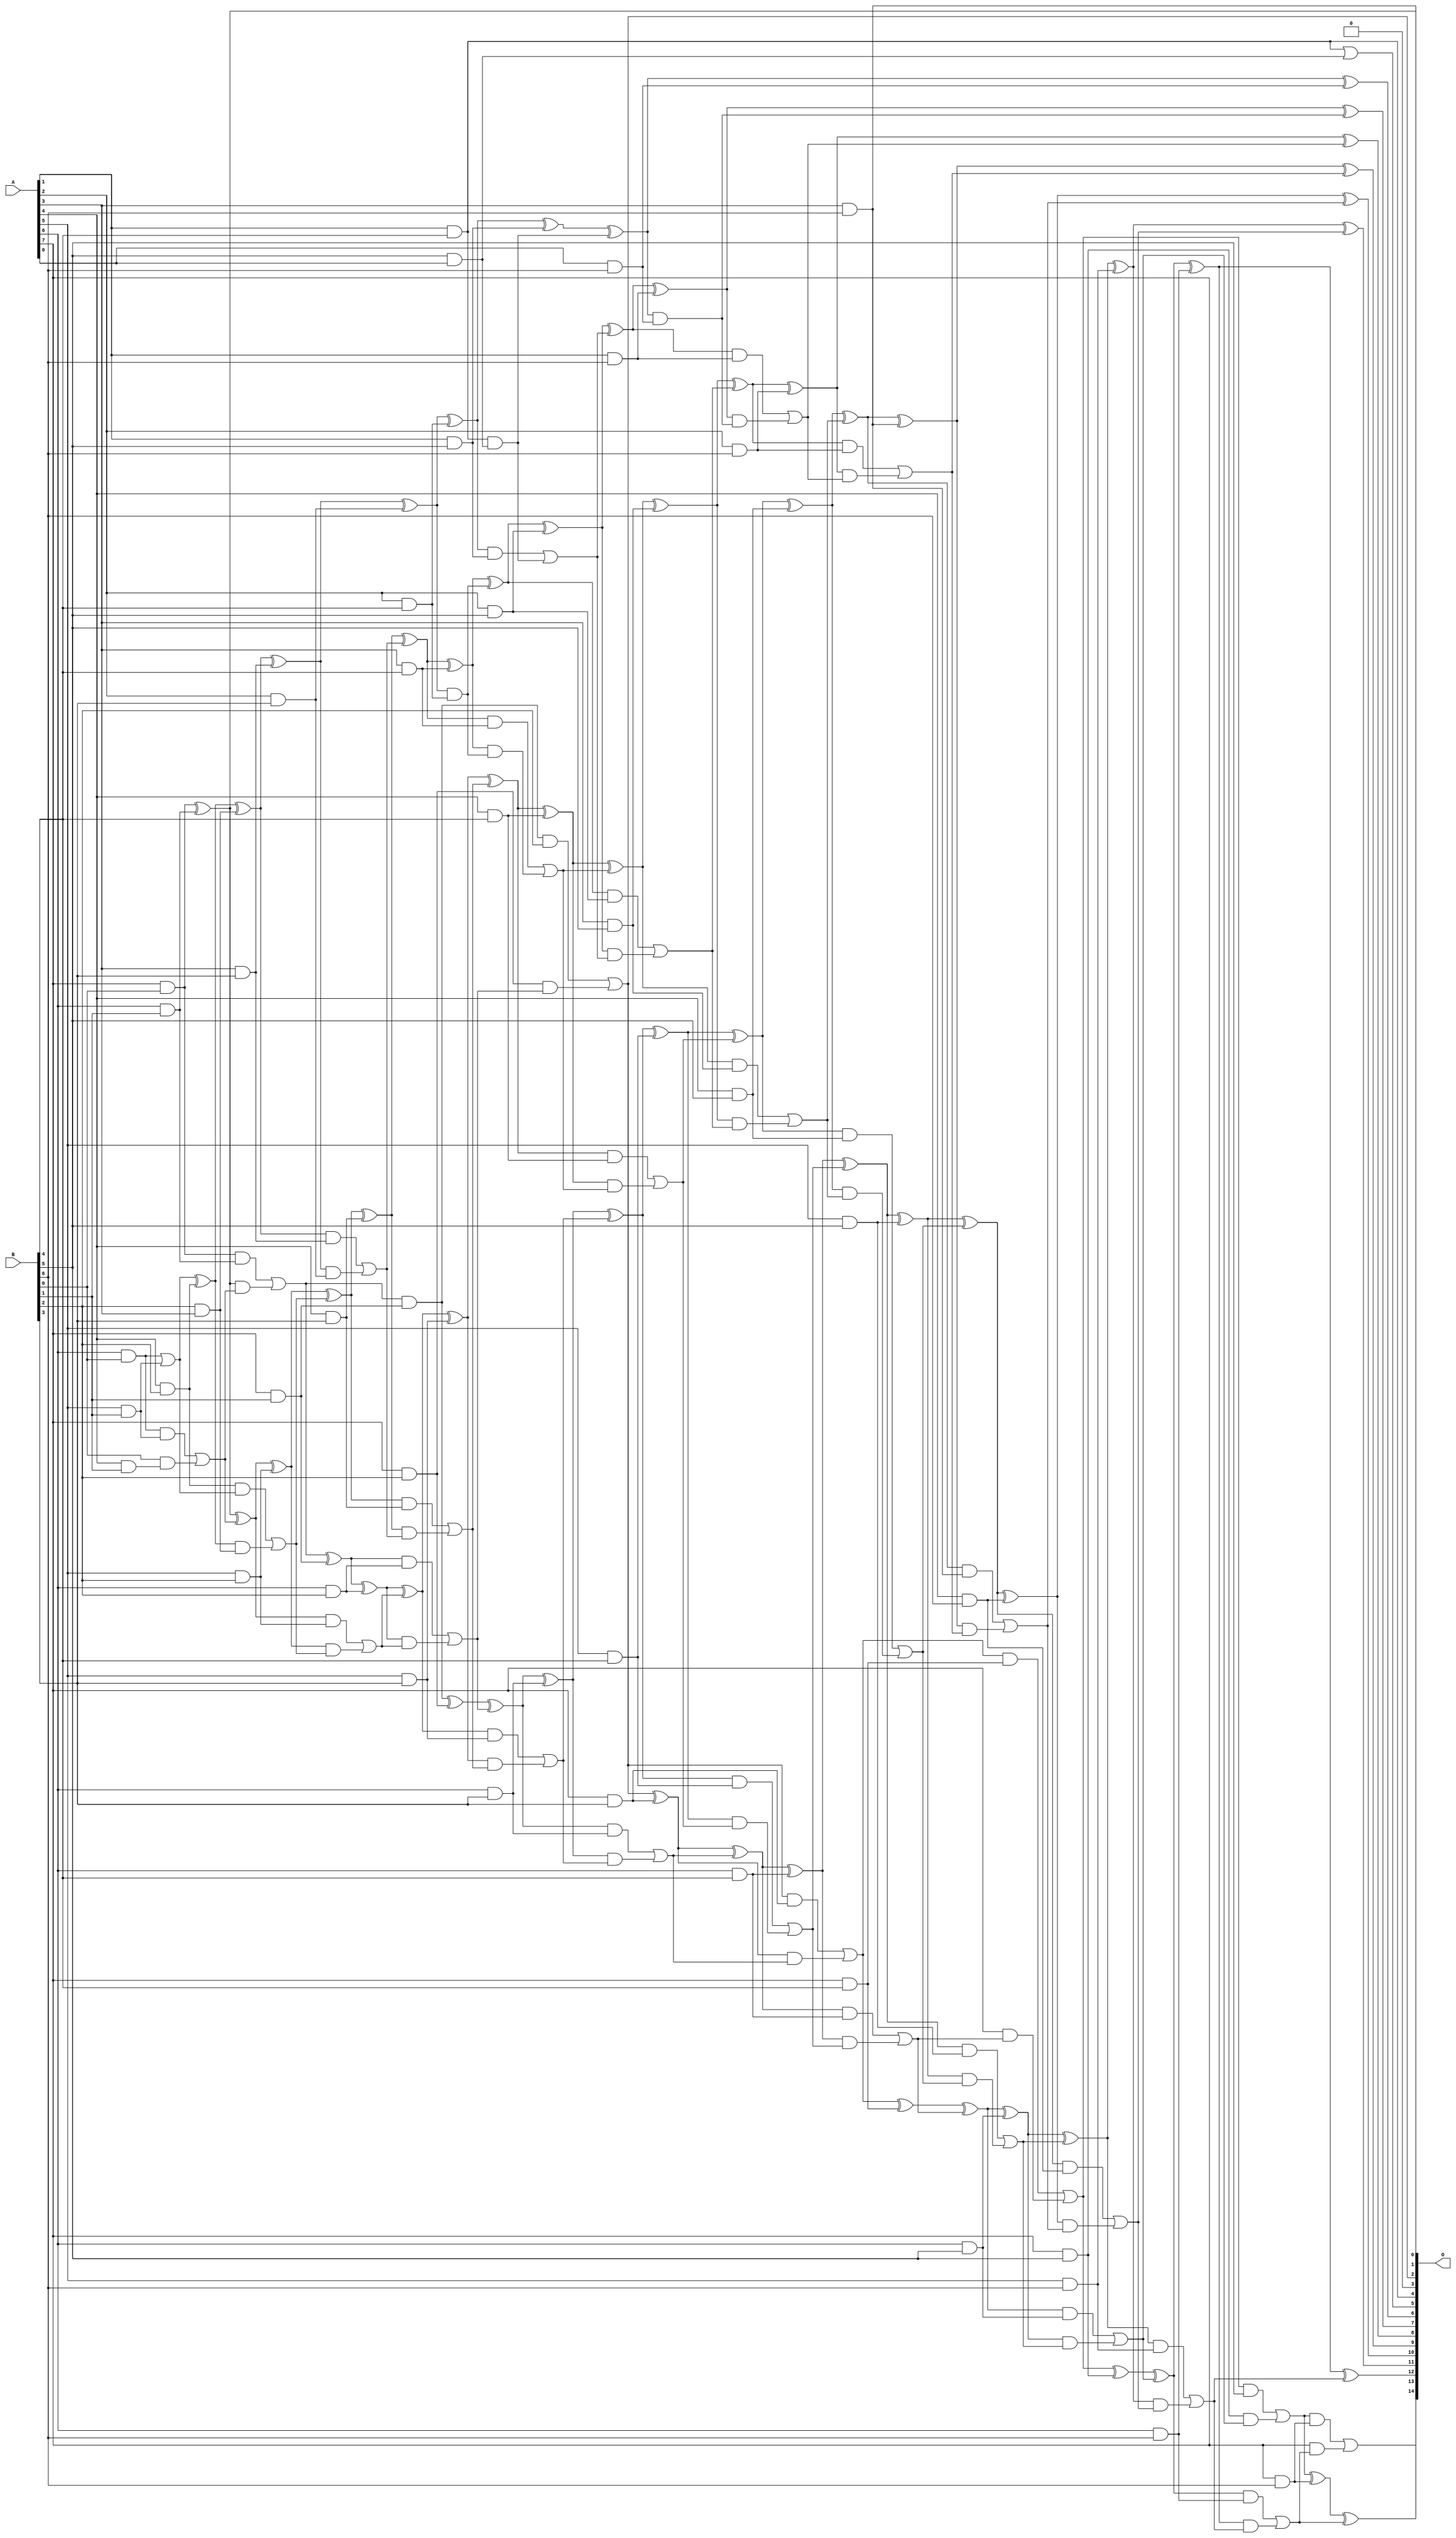
/***
* This code is a part of EvoApproxLib library (ehw.fit.vutbr.cz/approxlib) distributed under The MIT License.
* When used, please cite the following article(s): V. Mrazek, L. Sekanina, Z. Vasicek "Libraries of Approximate Circuits: Automated Design and Application in CNN Accelerators" IEEE Journal on Emerging and Selected Topics in Circuits and Systems, Vol 10, No 4, 2020 
* This file contains a circuit from a sub-set of pareto optimal circuits with respect to the pwr and mse parameters
***/
// MAE% = 0.084 %
// MAE = 27 
// WCE% = 0.32 %
// WCE = 106 
// WCRE% = 166.67 %
// EP% = 93.81 %
// MRE% = 2.19 %
// MSE = 1200 
// PDK45_PWR = 0.241 mW
// PDK45_AREA = 476.3 um2
// PDK45_DELAY = 1.37 ns

module mul8x7u_6YT (
    A,
    B,
    O
);

input [7:0] A;
input [6:0] B;
output [14:0] O;

wire sig_21,sig_22,sig_27,sig_28,sig_29,sig_30,sig_49,sig_53,sig_54,sig_57,sig_58,sig_59,sig_60,sig_61,sig_62,sig_63,sig_64,sig_69,sig_70,sig_71;
wire sig_72,sig_77,sig_86,sig_90,sig_92,sig_93,sig_94,sig_95,sig_96,sig_97,sig_98,sig_99,sig_100,sig_101,sig_102,sig_103,sig_104,sig_105,sig_106,sig_107;
wire sig_108,sig_109,sig_113,sig_114,sig_115,sig_116,sig_117,sig_127,sig_130,sig_131,sig_132,sig_133,sig_134,sig_135,sig_136,sig_137,sig_138,sig_139,sig_140,sig_141;
wire sig_142,sig_143,sig_144,sig_145,sig_146,sig_147,sig_148,sig_149,sig_150,sig_151,sig_152,sig_153,sig_154,sig_156,sig_157,sig_158,sig_159,sig_160,sig_161,sig_162;
wire sig_170,sig_171,sig_175,sig_176,sig_177,sig_178,sig_179,sig_180,sig_181,sig_182,sig_183,sig_184,sig_185,sig_186,sig_187,sig_188,sig_189,sig_190,sig_191,sig_192;
wire sig_193,sig_194,sig_195,sig_196,sig_197,sig_198,sig_199,sig_201,sig_202,sig_203,sig_204,sig_205,sig_206,sig_207,sig_208,sig_209,sig_210,sig_211,sig_212,sig_213;
wire sig_214,sig_215,sig_216,sig_217,sig_218,sig_219,sig_220,sig_221,sig_222,sig_223,sig_224,sig_225,sig_226,sig_227,sig_228,sig_229,sig_230,sig_231,sig_232,sig_233;
wire sig_234,sig_235,sig_236,sig_237,sig_238,sig_239,sig_240,sig_241,sig_242,sig_243,sig_244,sig_245,sig_246,sig_247,sig_248,sig_249,sig_250,sig_251,sig_252,sig_253;
wire sig_254,sig_255,sig_256,sig_257,sig_258,sig_259,sig_260,sig_261,sig_262,sig_263,sig_264,sig_265,sig_266,sig_267,sig_268,sig_269,sig_270,sig_271,sig_272,sig_273;
wire sig_274,sig_275,sig_276,sig_277,sig_278,sig_279,sig_280,sig_281,sig_282,sig_283,sig_284,sig_285,sig_286,sig_287,sig_288,sig_289;

assign sig_21 = A[6] & B[0];
assign sig_22 = A[7] & B[0];
assign sig_27 = A[4] & B[1];
assign sig_28 = A[5] & B[1];
assign sig_29 = A[6] & B[1];
assign sig_30 = A[7] & B[1];
assign sig_49 = B[0] & sig_27;
assign sig_53 = sig_21 | sig_28;
assign sig_54 = sig_21 & sig_28;
assign sig_57 = sig_54 | sig_49;
assign sig_58 = sig_22 ^ sig_29;
assign sig_59 = sig_22 & sig_29;
assign sig_60 = sig_58 & sig_57;
assign sig_61 = sig_58 ^ sig_57;
assign sig_62 = sig_59 | sig_60;
assign sig_63 = sig_62 & sig_30;
assign sig_64 = sig_62 ^ sig_30;
assign sig_69 = A[4] & B[2];
assign sig_70 = A[5] & B[2];
assign sig_71 = A[6] & B[2];
assign sig_72 = A[7] & B[2];
assign sig_77 = sig_69 & sig_53;
assign sig_86 = B[2] & A[3];
assign sig_90 = sig_53 ^ sig_69;
assign sig_92 = sig_90 & sig_86;
assign sig_93 = sig_90 ^ sig_86;
assign sig_94 = sig_77 | sig_92;
assign sig_95 = sig_61 ^ sig_70;
assign sig_96 = sig_61 & sig_70;
assign sig_97 = sig_95 & sig_94;
assign sig_98 = sig_95 ^ sig_94;
assign sig_99 = sig_96 | sig_97;
assign sig_100 = sig_64 ^ sig_71;
assign sig_101 = sig_64 & sig_71;
assign sig_102 = sig_100 & sig_99;
assign sig_103 = sig_100 ^ sig_99;
assign sig_104 = sig_101 | sig_102;
assign sig_105 = sig_63 ^ sig_72;
assign sig_106 = sig_63 & B[2];
assign sig_107 = sig_72 & sig_104;
assign sig_108 = sig_105 ^ sig_104;
assign sig_109 = sig_106 | sig_107;
assign sig_113 = A[3] & B[3];
assign sig_114 = A[4] & B[3];
assign sig_115 = A[5] & B[3];
assign sig_116 = A[6] & B[3];
assign sig_117 = A[7] & B[3];
assign sig_127 = A[2] & B[3];
assign sig_130 = sig_93 ^ sig_113;
assign sig_131 = sig_93 & sig_113;
assign sig_132 = sig_130 & sig_127;
assign sig_133 = sig_130 ^ sig_127;
assign sig_134 = sig_131 | sig_132;
assign sig_135 = sig_98 ^ sig_114;
assign sig_136 = sig_98 & sig_114;
assign sig_137 = sig_135 & sig_134;
assign sig_138 = sig_135 ^ sig_134;
assign sig_139 = sig_136 | sig_137;
assign sig_140 = sig_103 ^ sig_115;
assign sig_141 = sig_103 & sig_115;
assign sig_142 = sig_140 & sig_139;
assign sig_143 = sig_140 ^ sig_139;
assign sig_144 = sig_141 | sig_142;
assign sig_145 = sig_108 ^ sig_116;
assign sig_146 = sig_108 & sig_116;
assign sig_147 = sig_145 & sig_144;
assign sig_148 = sig_145 ^ sig_144;
assign sig_149 = sig_146 | sig_147;
assign sig_150 = sig_109 ^ sig_117;
assign sig_151 = sig_109 & sig_117;
assign sig_152 = sig_150 & sig_149;
assign sig_153 = sig_150 ^ sig_149;
assign sig_154 = sig_151 | sig_152;
assign sig_156 = A[1] & B[4];
assign sig_157 = A[2] & B[4];
assign sig_158 = A[3] & B[4];
assign sig_159 = A[4] & B[4];
assign sig_160 = A[5] & B[4];
assign sig_161 = A[6] & B[4];
assign sig_162 = A[7] & B[4];
assign sig_170 = sig_133 ^ sig_157;
assign sig_171 = sig_133 & sig_157;
assign sig_175 = sig_138 ^ sig_158;
assign sig_176 = sig_138 & sig_158;
assign sig_177 = sig_175 & sig_171;
assign sig_178 = sig_175 ^ sig_171;
assign sig_179 = sig_176 | sig_177;
assign sig_180 = sig_143 ^ sig_159;
assign sig_181 = sig_143 & sig_159;
assign sig_182 = sig_180 & sig_179;
assign sig_183 = sig_180 ^ sig_179;
assign sig_184 = sig_181 | sig_182;
assign sig_185 = sig_148 ^ sig_160;
assign sig_186 = sig_148 & sig_160;
assign sig_187 = sig_185 & sig_184;
assign sig_188 = sig_185 ^ sig_184;
assign sig_189 = sig_186 | sig_187;
assign sig_190 = sig_153 ^ sig_161;
assign sig_191 = sig_153 & sig_161;
assign sig_192 = sig_190 & sig_189;
assign sig_193 = sig_190 ^ sig_189;
assign sig_194 = sig_191 | sig_192;
assign sig_195 = sig_154 ^ sig_162;
assign sig_196 = sig_154 & sig_162;
assign sig_197 = A[7] & sig_194;
assign sig_198 = sig_195 ^ sig_194;
assign sig_199 = sig_196 | sig_197;
assign sig_201 = A[1] & B[5];
assign sig_202 = A[2] & B[5];
assign sig_203 = A[3] & B[5];
assign sig_204 = A[4] & B[5];
assign sig_205 = A[5] & B[5];
assign sig_206 = A[6] & B[5];
assign sig_207 = A[7] & B[5];
assign sig_208 = B[5] & A[0];
assign sig_209 = sig_156 | sig_208;
assign sig_210 = sig_170 ^ sig_201;
assign sig_211 = sig_170 & sig_201;
assign sig_212 = sig_156 & sig_208;
assign sig_213 = sig_210 ^ sig_212;
assign sig_214 = sig_211 | sig_212;
assign sig_215 = sig_178 ^ sig_202;
assign sig_216 = sig_178 & sig_202;
assign sig_217 = sig_215 & sig_214;
assign sig_218 = sig_215 ^ sig_214;
assign sig_219 = sig_216 | sig_217;
assign sig_220 = sig_183 ^ sig_203;
assign sig_221 = sig_183 & sig_203;
assign sig_222 = sig_220 & sig_219;
assign sig_223 = sig_220 ^ sig_219;
assign sig_224 = sig_221 | sig_222;
assign sig_225 = sig_188 ^ sig_204;
assign sig_226 = sig_188 & sig_204;
assign sig_227 = sig_225 & sig_224;
assign sig_228 = sig_225 ^ sig_224;
assign sig_229 = sig_226 | sig_227;
assign sig_230 = sig_193 ^ sig_205;
assign sig_231 = sig_193 & sig_205;
assign sig_232 = sig_230 & sig_229;
assign sig_233 = sig_230 ^ sig_229;
assign sig_234 = sig_231 | sig_232;
assign sig_235 = sig_198 ^ sig_206;
assign sig_236 = sig_198 & sig_206;
assign sig_237 = sig_235 & sig_234;
assign sig_238 = sig_235 ^ sig_234;
assign sig_239 = sig_236 | sig_237;
assign sig_240 = sig_199 ^ sig_207;
assign sig_241 = sig_199 & B[5];
assign sig_242 = sig_207 & sig_239;
assign sig_243 = sig_240 ^ sig_239;
assign sig_244 = sig_241 | sig_242;
assign sig_245 = A[0] & B[6];
assign sig_246 = A[1] & B[6];
assign sig_247 = A[2] & B[6];
assign sig_248 = A[3] & B[6];
assign sig_249 = A[4] & B[6];
assign sig_250 = A[5] & B[6];
assign sig_251 = A[6] & B[6];
assign sig_252 = A[7] & B[6];
assign sig_253 = sig_213 & sig_245;
assign sig_254 = sig_213 ^ sig_245;
assign sig_255 = sig_218 ^ sig_246;
assign sig_256 = sig_218 & sig_246;
assign sig_257 = sig_255 & sig_253;
assign sig_258 = sig_255 ^ sig_253;
assign sig_259 = sig_256 | sig_257;
assign sig_260 = sig_223 ^ sig_247;
assign sig_261 = sig_223 & sig_247;
assign sig_262 = sig_260 & sig_259;
assign sig_263 = sig_260 ^ sig_259;
assign sig_264 = sig_261 | sig_262;
assign sig_265 = sig_228 ^ sig_248;
assign sig_266 = sig_228 & sig_248;
assign sig_267 = sig_265 & sig_264;
assign sig_268 = sig_265 ^ sig_264;
assign sig_269 = sig_266 | sig_267;
assign sig_270 = sig_233 ^ sig_249;
assign sig_271 = sig_233 & sig_249;
assign sig_272 = sig_270 & sig_269;
assign sig_273 = sig_270 ^ sig_269;
assign sig_274 = sig_271 | sig_272;
assign sig_275 = sig_238 ^ sig_250;
assign sig_276 = sig_238 & sig_250;
assign sig_277 = sig_275 & sig_274;
assign sig_278 = sig_275 ^ sig_274;
assign sig_279 = sig_276 | sig_277;
assign sig_280 = sig_243 ^ sig_251;
assign sig_281 = sig_243 & sig_251;
assign sig_282 = sig_280 & sig_279;
assign sig_283 = sig_280 ^ sig_279;
assign sig_284 = sig_281 | sig_282;
assign sig_285 = sig_244 ^ sig_252;
assign sig_286 = sig_244 & sig_252;
assign sig_287 = A[7] & sig_284;
assign sig_288 = sig_285 ^ sig_284;
assign sig_289 = sig_286 | sig_287;

assign O[14] = sig_289;
assign O[13] = sig_288;
assign O[12] = sig_283;
assign O[11] = sig_278;
assign O[10] = sig_273;
assign O[9] = sig_268;
assign O[8] = sig_263;
assign O[7] = sig_258;
assign O[6] = sig_254;
assign O[5] = sig_209;
assign O[4] = sig_156;
assign O[3] = 1'b0;
assign O[2] = sig_109;
assign O[1] = sig_58;
assign O[0] = sig_248;

endmodule